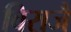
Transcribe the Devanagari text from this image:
विराजैं